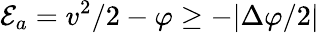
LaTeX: {\cal E}_{a}=v^{2}/2-\varphi\ge-|\Delta\varphi/2|